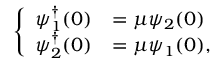
\left\{ \begin{array} { l l } { { \psi _ { 1 } ^ { \dagger } ( 0 ) } } & { { = \mu \psi _ { 2 } ( 0 ) } } \\ { { \psi _ { 2 } ^ { \dagger } ( 0 ) } } & { { = \mu \psi _ { 1 } ( 0 ) , } } \end{array} \right.